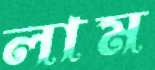
লাম